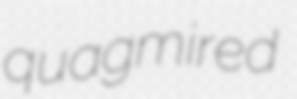
quagmired